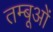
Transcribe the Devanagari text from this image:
तम्बूओं